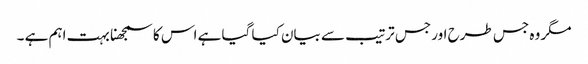
مگر وہ جس طرح اور جس ترتیب سے بیان کیا گیا ہے اس کا سمجھنا بہت اہم ہے ۔